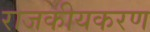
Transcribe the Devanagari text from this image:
राजकीयकरण